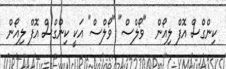
ކިންގްސް އޮފް ލިއޯން  "ވޯލްސް" "ވޯލްސް" އަކީ ކިންގްސް އޮފް ލިއޯން